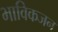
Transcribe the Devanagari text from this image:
भाविकजन